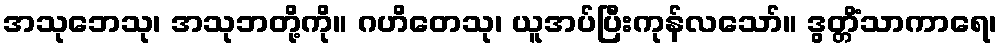
အသုဘေသု၊ အသုဘတို့ကို။ ဂဟိတေသု၊ ယူအပ်ပြီးကုန်လသော်။ ဒွတ္တိံသာကာရေ၊